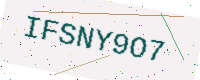
Text: IFSNY9O7